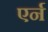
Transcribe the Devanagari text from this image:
एर्न